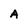
Character: A